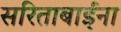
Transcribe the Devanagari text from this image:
सरिताबाईंना